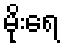
မိုးရေ